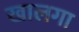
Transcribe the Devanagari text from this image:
खालगा